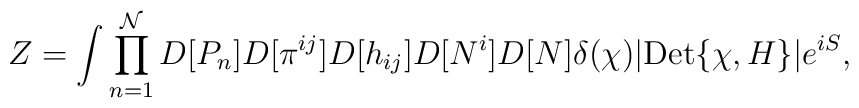
Z= \int \prod_{n=1}^{\mathcal{N}}D[P_n]D[\pi^{ij}] D[h_{ij}] D[N^i] D[N] \delta(\chi)|{\rm Det}\{\chi, H\}| e^{i S},